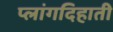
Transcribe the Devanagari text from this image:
प्लांगदिहाती